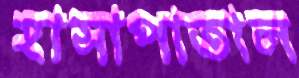
হাসাপাতাল